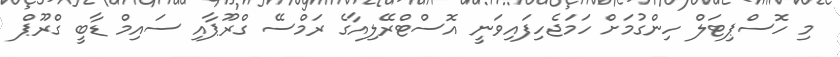
މި ހޮސްޕިޓަލް ހިންގުމަށް ހަމަޖެހިފައިވަނީ އޮސްޓްރޭލިއާގެ ރަމްސޭ ގްރޫޕާއި ސައިމް ޑާބީ ގްރޫޕް